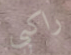
راكبي